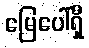
မြေပေါ်ရှိ